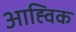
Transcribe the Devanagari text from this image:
आह्विक